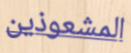
المشعوذين